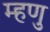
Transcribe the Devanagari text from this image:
म्हणु